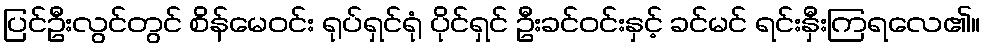
ပြင်ဦးလွင်တွင် စိန်မေဝင်း ရုပ်ရှင်ရုံ ပိုင်ရှင် ဦးခင်ဝင်းနှင့် ခင်မင် ရင်းနှီးကြရလေ၏။